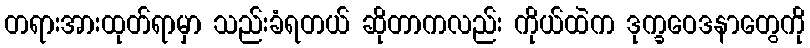
တရားအားထုတ်ရာမှာ သည်းခံရတယ် ဆိုတာကလည်း ကိုယ်ထဲက ဒုက္ခဝေဒနာတွေကို